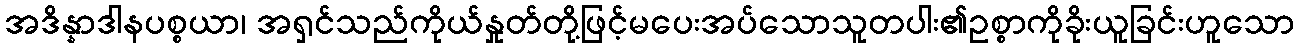
အဒိန္နာဒါနပစ္စယာ၊ အရှင်သည်ကိုယ်နှုတ်တို့ဖြင့်မပေးအပ်သောသူတပါး၏ဥစ္စာကိုခိုးယူခြင်းဟူသော